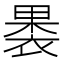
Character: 𮖐